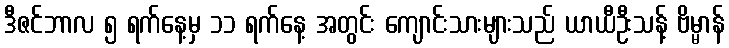
ဒီဇင်ဘာလ ၅ ရက်နေ့မှ ၁၁ ရက်နေ့ အတွင်း ကျောင်းသားများသည် ယာယီဦးသန့် ဗိမ္မာန်